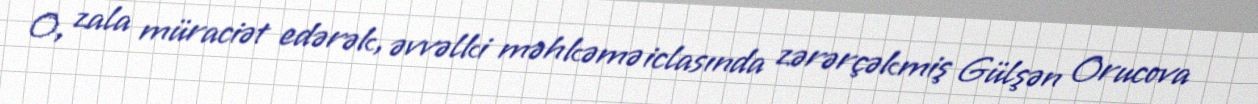
O, zala müraciət edərək, əvvəlki məhkəmə iclasında zərərçəkmiş Gülşən Orucova